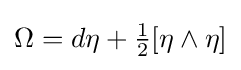
\Omega =d\eta +{\tfrac {1}{2}}[\eta \wedge \eta ]